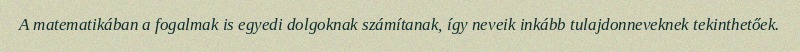
A matematikában a fogalmak is egyedi dolgoknak számítanak, így neveik inkább tulajdonneveknek tekinthetőek.